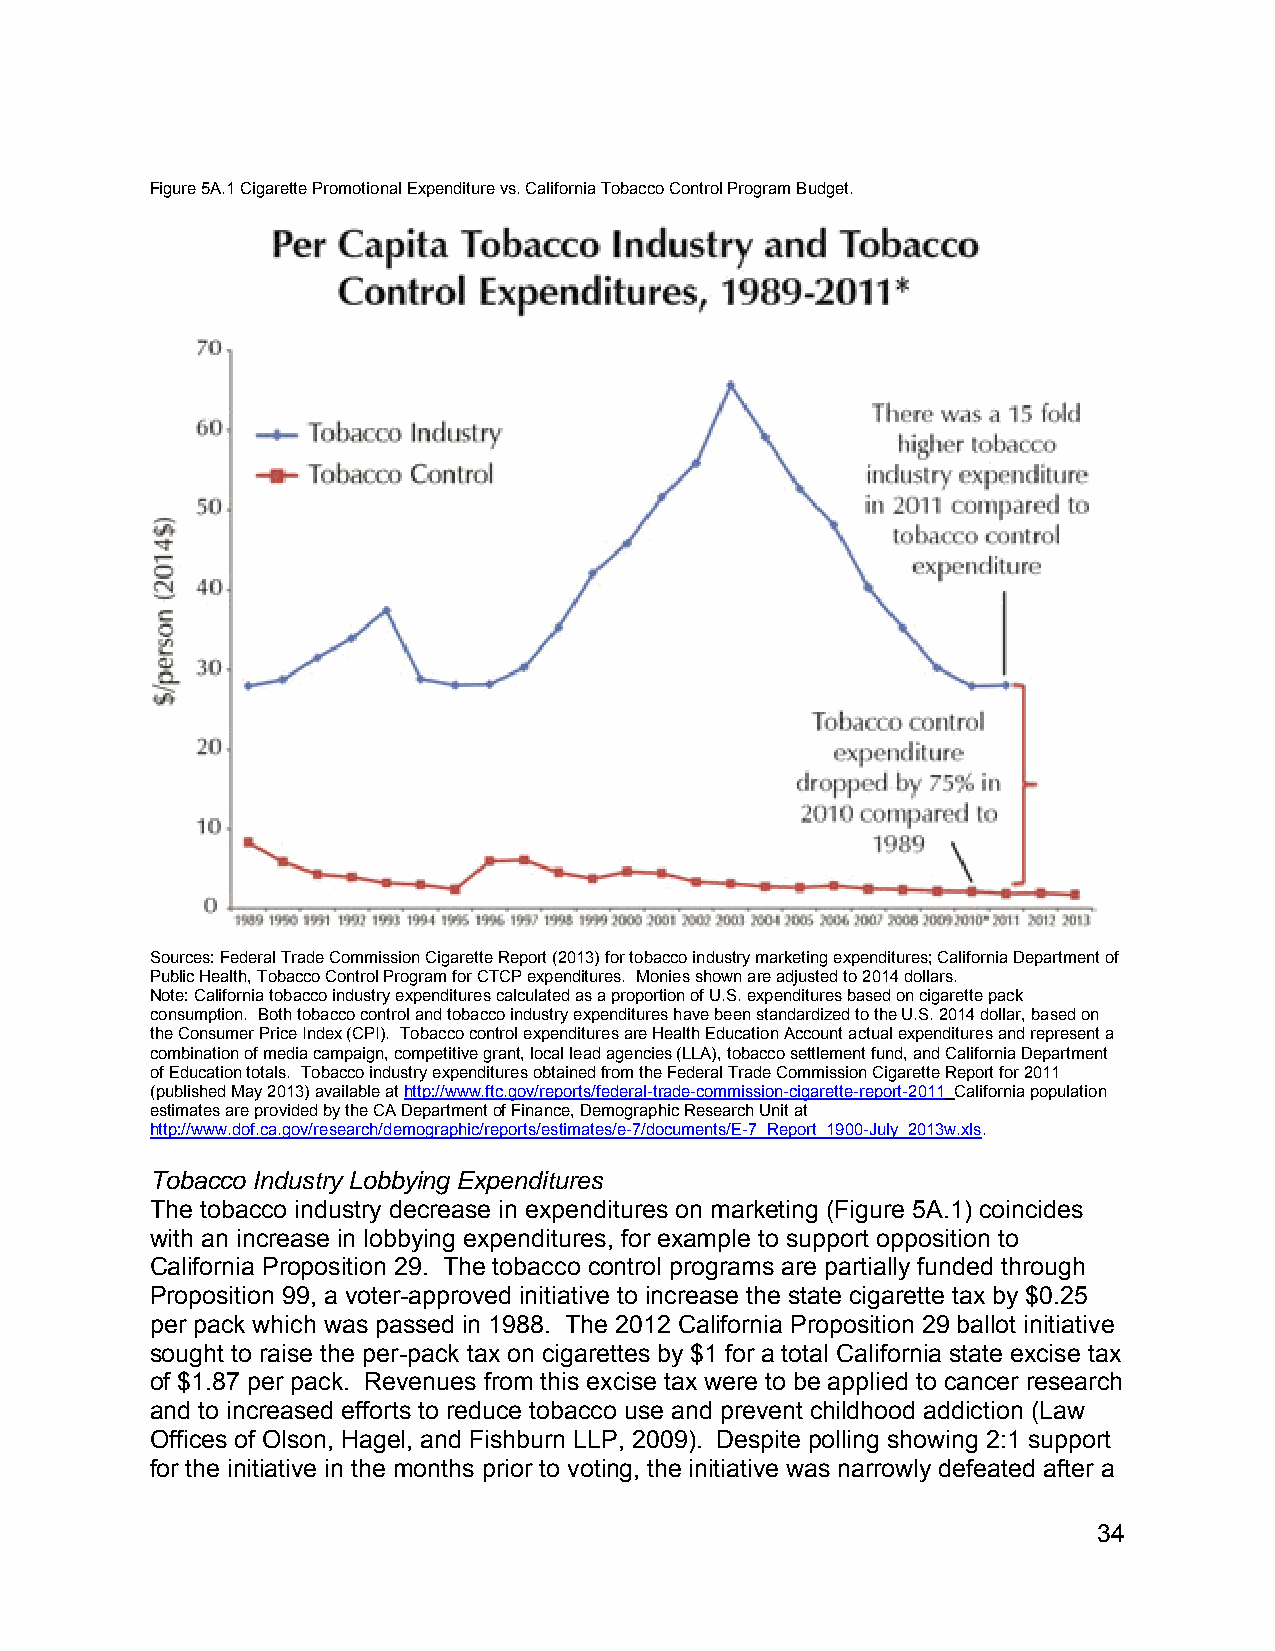
Figure 5A.1 Cigarette Promotional Expenditure vs. California Tobacco Control Program Budget.
 Sources: Federal Trade Commission Cigarette Report (2013) for tobacco industry marketing expenditures; California Department of
 Public Health, Tobacco Control Program for CTCP expenditures. Monies shown are adjusted to 2014 dollars.
 Note: California tobacco industry expenditures calculated as a proportion of U.S. expenditures based on cigarette pack
 consumption. Both tobacco control and tobacco industry expenditures have been standardized to the U.S. 2014 dollar, based on
 the Consumer Price Index (CPI). Tobacco control expenditures are Health Education Account actual expenditures and represent a
 combination of media campaign, competitive grant, local lead agencies (LLA), tobacco settlement fund, and California Department
 of Education totals. Tobacco industry expenditures obtained from the Federal Trade Commission Cigarette Report for 2011
 (published May 2013) available at http://www.ftc.gov/reports/federal-trade-commission-cigarette-report-2011 California population
 estimates are provided by the CA Department of Finance, Demographic Research Unit at
 http://www.dof.ca.gov/research/demographic/reports/estimates/e-7/documents/E-7_Report_1900-July_2013w.xls.
 Tobacco Industry Lobbying Expenditures
 The tobacco industry decrease in expenditures on marketing (Figure 5A.1) coincides
 with an increase in lobbying expenditures, for example to support opposition to
 California Proposition 29. The tobacco control programs are partially funded through
 Proposition 99, a voter-approved initiative to increase the state cigarette tax by $0.25
 per pack which was passed in 1988. The 2012 California Proposition 29 ballot initiative
 sought to raise the per-pack tax on cigarettes by $1 for a total California state excise tax
 of $1.87 per pack. Revenues from this excise tax were to be applied to cancer research
 and to increased efforts to reduce tobacco use and prevent childhood addiction (Law
 Offices of Olson, Hagel, and Fishburn LLP, 2009). Despite polling showing 2:1 support
 for the initiative in the months prior to voting, the initiative was narrowly defeated after a
 34